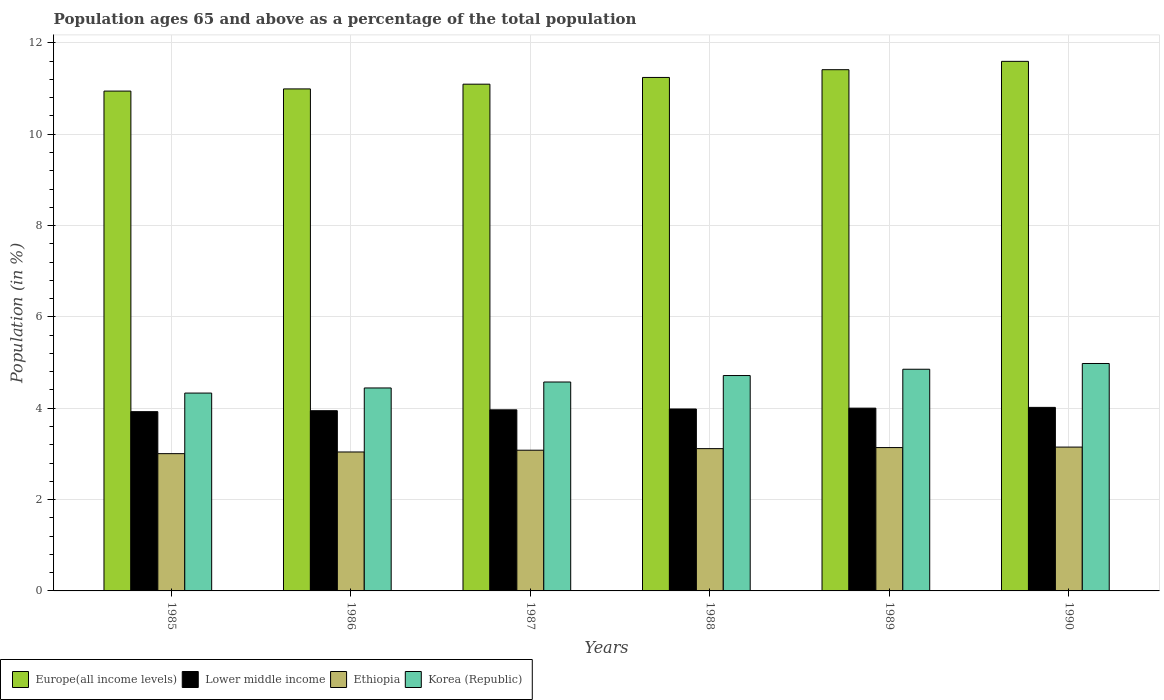
| Years | Europe(all income levels) | Lower middle income | Ethiopia | Korea (Republic) |
 | --- | --- | --- | --- | --- |
 | 1985 | 10.9 | 3.93 | 3.01 | 4.33 |
 | 1986 | 11 | 3.95 | 3.04 | 4.44 |
 | 1987 | 11.1 | 3.97 | 3.08 | 4.57 |
 | 1988 | 11.2 | 3.98 | 3.12 | 4.72 |
 | 1989 | 11.4 | 4 | 3.14 | 4.85 |
 | 1990 | 11.6 | 4.02 | 3.15 | 4.98 |